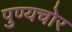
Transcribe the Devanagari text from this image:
पुण्यचोर